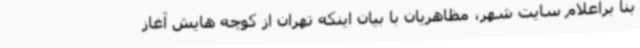
بنا براعلام سایت شهر، مظاهریان با بیان اینکه تهران از کوچه هایش آغاز